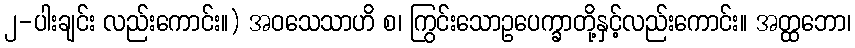
၂-ပါးချင်း လည်းကောင်း။) အဝသေသာဟိ စ၊ ကြွင်းသောဥပေက္ခာတို့နှင့်လည်းကောင်း။ အတ္ထဘော၊